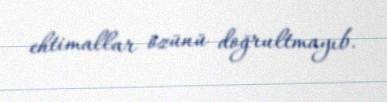
ehtimallar özünü doğrultmayıb.